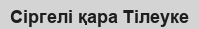
Сіргелі қара Тілеуке